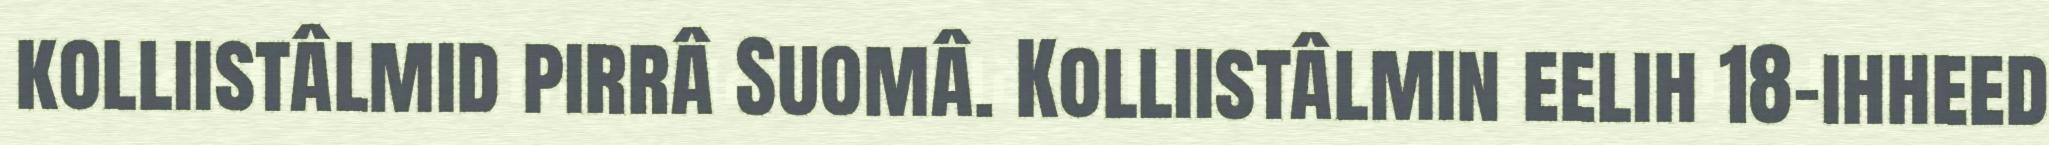
kolliistâlmid pirrâ Suomâ. Kolliistâlmin eelih 18-ihheed